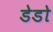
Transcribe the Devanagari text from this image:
डेडो